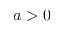
a > 0